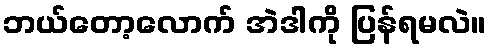
ဘယ်တော့လောက် အဲဒါကို ပြန်ရမလဲ။